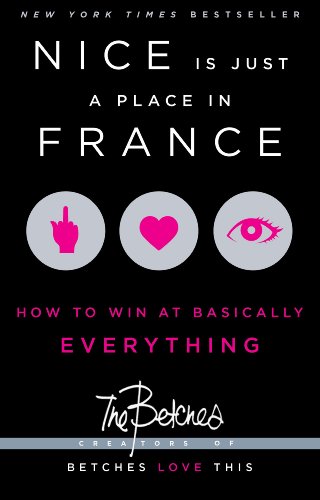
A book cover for Nice Is Just a Place in France: How to Win at Basically Everything; The Betches; Humor & Entertainment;